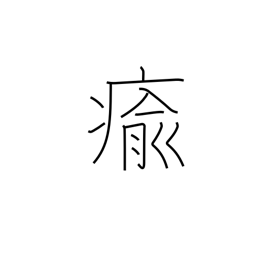
Meaning: get well